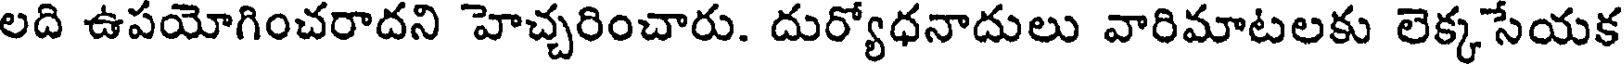
లది ఉపయోగించరాదని హెచ్చరించారు. దుర్యోధనాదులు వారిమాటలకు లెక్కసేయక